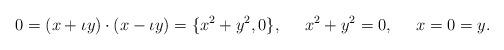
LaTeX: \begin{align*}0 = (x + \iota y)\cdot (x-\iota y) = \{x^2+y^2,0\},\;\;\;\;\;x^2+y^2 =0,\;\;\;\;\;x=0=y.\end{align*}